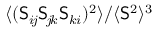
\ensuremath { \langle ( \mathsf { S } _ { i \! j } \mathsf { S } _ { \! j \! k } \mathsf { S } _ { k i } ) ^ { 2 } \rangle } / \ensuremath { \langle \mathsf { S } ^ { 2 } \rangle } ^ { 3 }